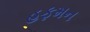
હફમન